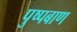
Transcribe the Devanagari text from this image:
पुष्पबाण